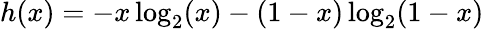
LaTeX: h(x)=-x\log_{2}(x)-(1-x)\log_{2}(1-x)